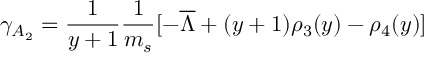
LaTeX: \gamma _ { A _ { 2 } } = { \frac { 1 } { y + 1 } } { \frac { 1 } { m _ { s } } } [ - \overline { { \Lambda } } + ( y + 1 ) \rho _ { 3 } ( y ) - \rho _ { 4 } ( y ) ]